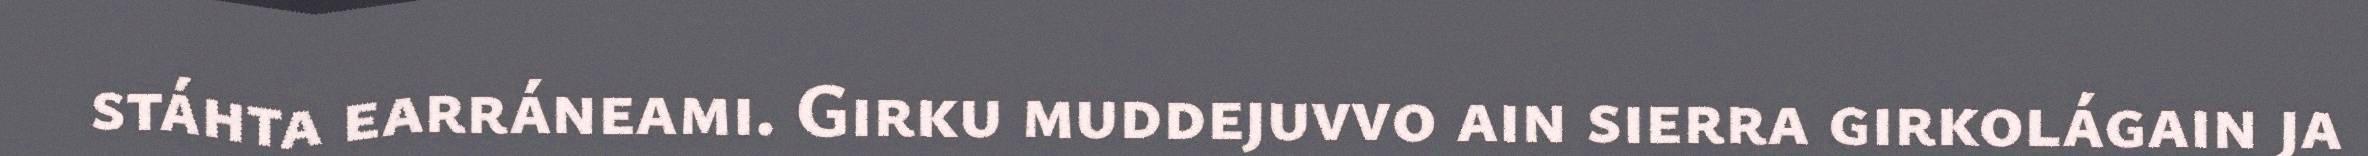
stáhta earráneami. Girku muddejuvvo ain sierra girkolágain ja